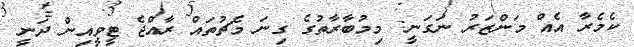
ކެމެރާ އެއް މަންޒަރު ނަގަނީ: މިމުބާރާތުގެ ގިނަ މެޗުތައް ރާއްޖެ ޓީވީއިން ދަނީ